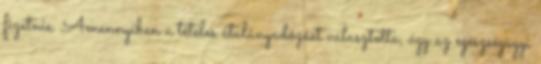
fizetnie. Amennyiben a tételes átalányadózást választotta, úgy az egészségügyi